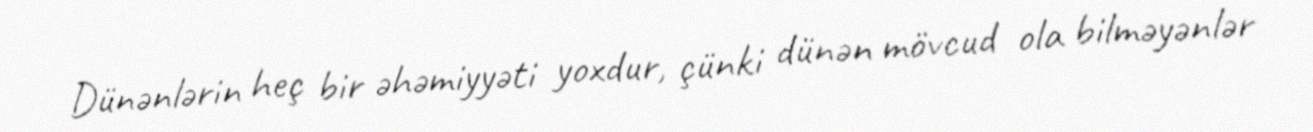
Dünənlərin heç bir əhəmiyyəti yoxdur, çünki dünən mövcud ola bilməyənlər